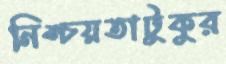
নিশ্চয়তাটুকুর